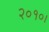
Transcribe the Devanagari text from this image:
२०१०।